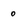
Character: 0